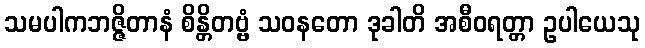
သမပါကဘဇ္ဇိတာနံ စိန္တိတဗ္ဗံ သဝနတော ဒုခါတိ အစီဝရတ္တာ ဥပါယေသု